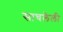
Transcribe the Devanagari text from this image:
साचलेली